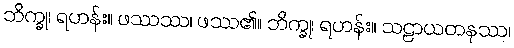
ဘိက္ခု၊ ရဟန်း။ ဖဿဿ၊ ဖဿ၏။ ဘိက္ခု၊ ရဟန်း။ သဠာယတနဿ၊